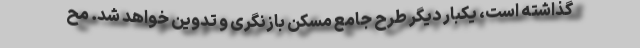
گذاشته است، یکبار دیگر طرح جامع مسکن بازنگری و تدوین خواهد شد. مح